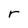
Character: r